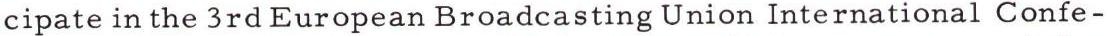
cipate in the 3rd European Broadcasting Union International Confe-